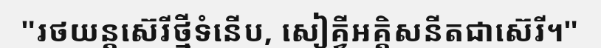
"រថយន្តស៊េរីថ្មីទំនើប, សៀគ្វីអគ្គិសនីតជាស៊េរី។"